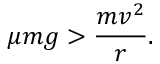
\mu m g > { \frac { m v ^ { 2 } } { r } } .